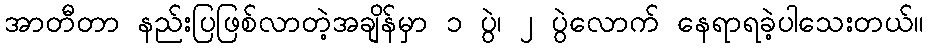
အာတီတာ နည်းပြဖြစ်လာတဲ့အချိန်မှာ ၁ ပွဲ၊ ၂ ပွဲလောက် နေရာရခဲ့ပါသေးတယ်။